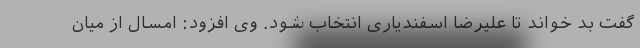
گفت بد خواند تا علیرضا اسفندیاری انتخاب شود. وی افزود: امسال از میان